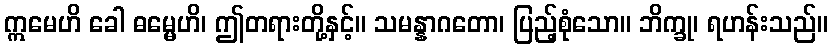
ဣမေဟိ ခေါ ဓမ္မေဟိ၊ ဤတရားတို့နှင့်။ သမန္နာဂတော၊ ပြည့်စုံသော။ ဘိက္ခု၊ ရဟန်းသည်။